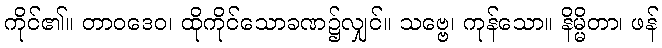
ကိုင်၏။ တာဝဒေဝ၊ ထိုကိုင်သောခဏ၌လျှင်။ သဗ္ဗေ၊ ကုန်သော။ နိမ္မိတာ၊ ဖန်